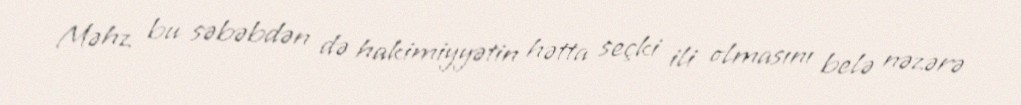
Məhz bu səbəbdən də hakimiyyətin hətta seçki ili olmasını belə nəzərə